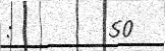
:        50